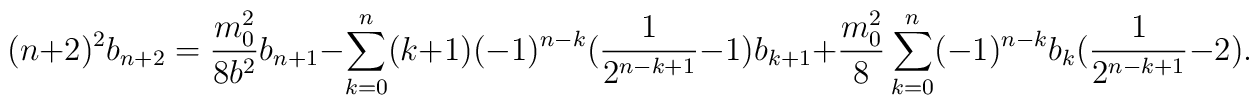
(n+2)^{2}b_{n+2}=\frac{m_{0}^{2}}{8b^{2}}b_{n+1}-\sum_{k=0}^{n}(k+1)(-1)^{n-k}(\frac{1}{2^{n-k+1}}-1)b_{k+1}+\frac{m_{0}^{2}}{8}\sum_{k=0}^{n}(-1)^{n-k}b_{k}(\frac{1}{2^{n-k+1}}-2).